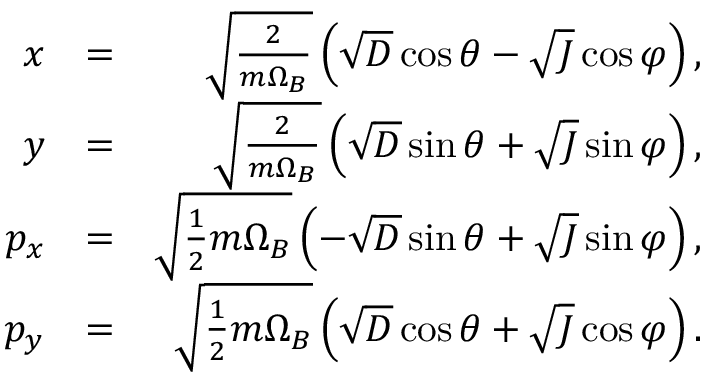
\begin{array} { r l r } { x } & { = } & { \sqrt { \frac { 2 } { m \Omega _ { B } } } \left( \sqrt { D } \cos \theta - \sqrt { J } \cos \varphi \right) , } \\ { y } & { = } & { \sqrt { \frac { 2 } { m \Omega _ { B } } } \left( \sqrt { D } \sin \theta + \sqrt { J } \sin \varphi \right) , } \\ { p _ { x } } & { = } & { \sqrt { \frac { 1 } { 2 } m \Omega _ { B } } \left( - \sqrt { D } \sin \theta + \sqrt { J } \sin \varphi \right) , } \\ { p _ { y } } & { = } & { \sqrt { \frac { 1 } { 2 } m \Omega _ { B } } \left( \sqrt { D } \cos \theta + \sqrt { J } \cos \varphi \right) . } \end{array}